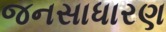
જનસાધારણ